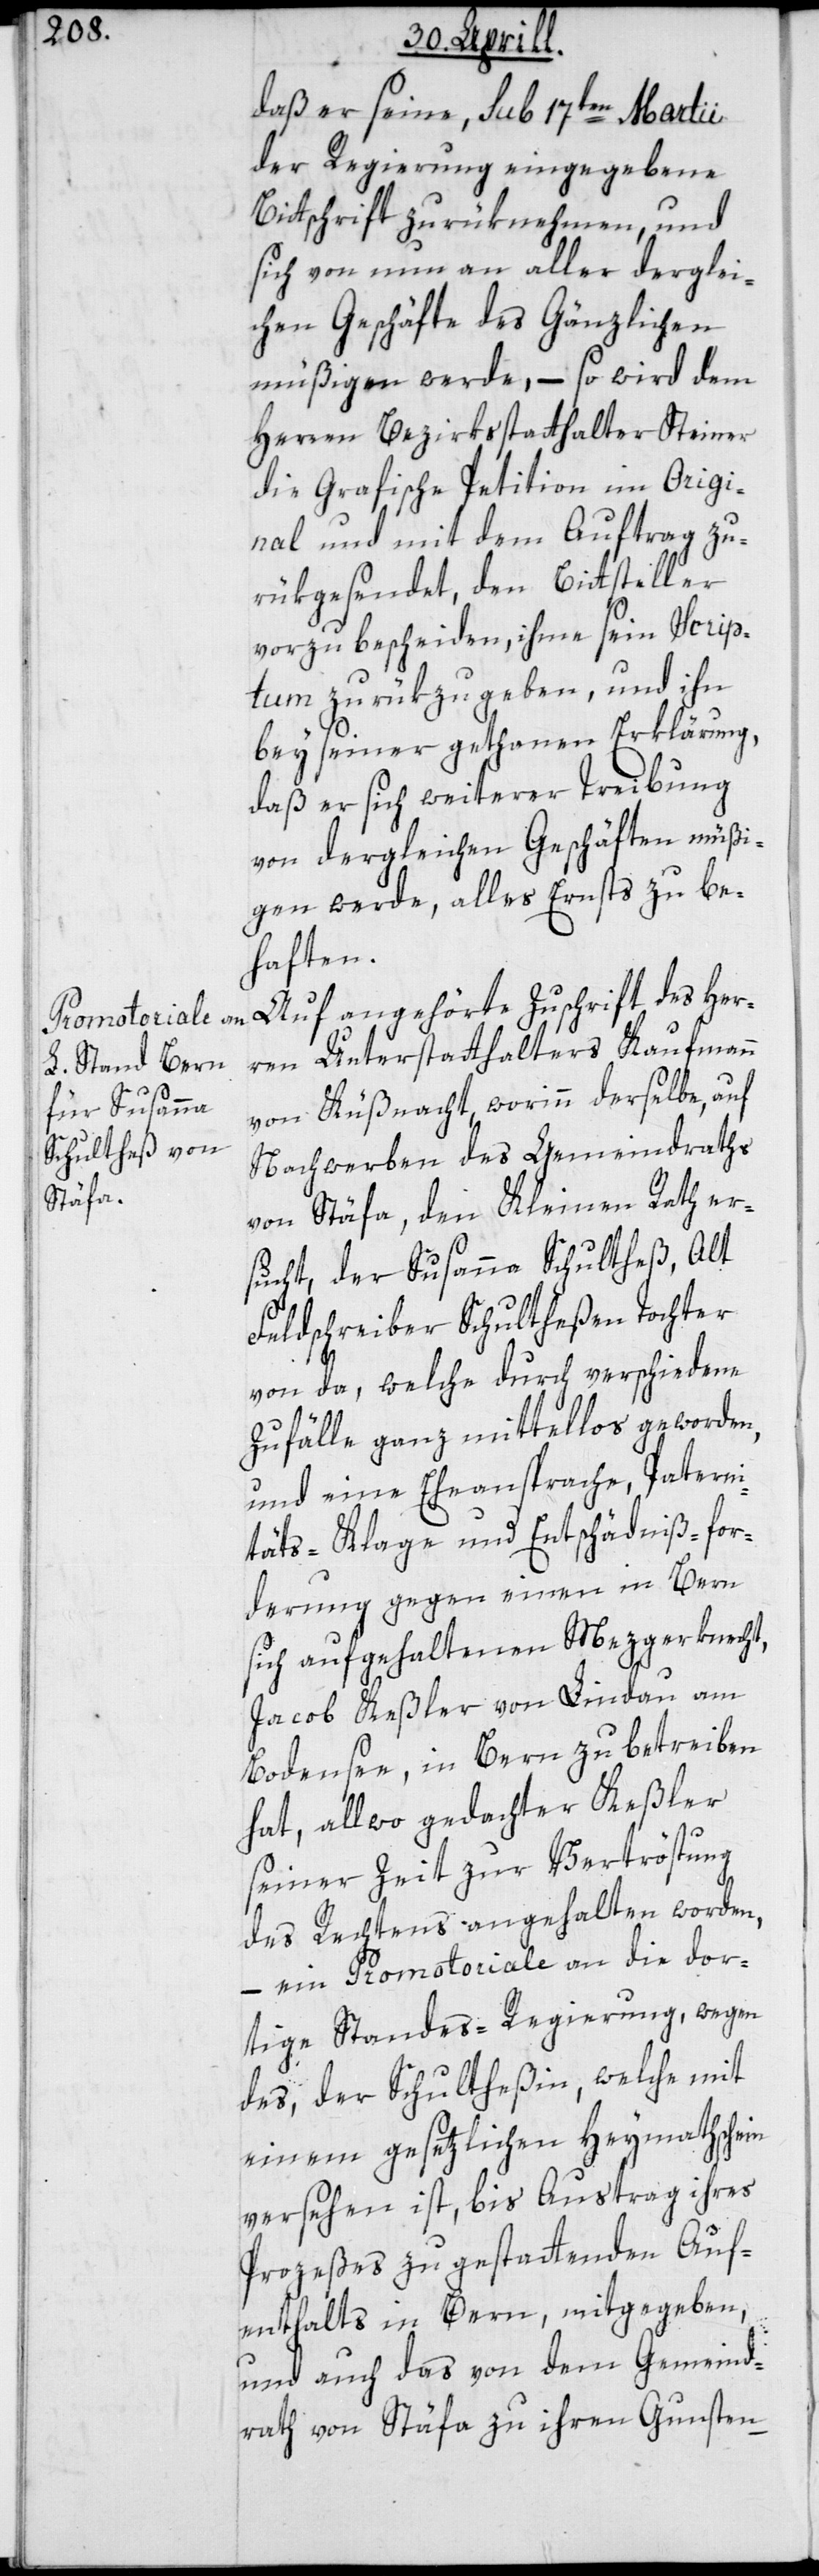
daß er seine, sub 17ten Martii
der Regierung eingegebene
Bittschrift zurüknehmen, und
sich von nun an aller derglei¬
chen Geschäfte des Gänzlichen
müßigen werde, – so wird dem
Herren Bezirksstatthalter Steiner
die Grafische Petition im Origi¬
nal und mit dem Auftrag zu¬
rükgesendet, den Bittsteller
vorzubescheiden, ihme sein Scrip¬
tum zurükzugeben, und ihn
bey seiner gethanen Erklärung,
daß er sich weiterer Treibung
von dergleichen Geschäften müßi¬
gen werde, alles Ernsts zu be¬
haften.
Auf angehörte Zuschrift des Her¬
ren Unterstatthalters Kaufmann
von Küßnacht, worinn derselbe, auf
Nachwerben des Gemeindraths
von Stäfa, den Kleinen Rath er¬
sucht, der Susanna Schultheß, Alt
Feldschreiber Schultheßen Tochter
von da, welche durch verschiedene
Zufälle ganz mittellos geworden,
und eine Eheansprache, Paterni¬
täts-Klage und Entschädniß-for¬
derung gegen einen in Bern
sich aufgehaltenen Mezgerknecht,
Jacob Keßler von Lindau am
Bodensee, in Bern zu betreiben
hat, allwo gedachter Keßler
seiner Zeit zur Vertröstung
des Rechtens angehalten worden,
– ein Promotoriale an die dor¬
tige Standes-Regierung, wegen
des, der Schultheßin, welche mit
einem gesetzlichen Heymathschein
versehen ist, bis Austrag ihres
Prozeßes zu gestattenden Auf¬
enthalts in Bern, mitgegeben,
und auch das von dem Gemeind¬
rath von Stäfa zu ihren Gunsten